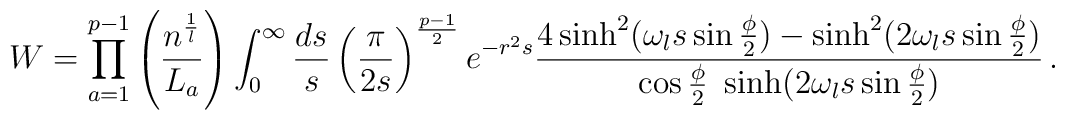
W=  \prod_{a=1}^{p-1} \left( \frac{n^{\frac{1}{l}}}{L_a} \right)\int_0^{\infty} \frac{ds}{s}\left ( \frac{\pi}{2s} \right )^{\frac{p-1}{2}} e^{-r^2s} \frac{4\sinh^2(\omega_ls\sin{\frac{\phi}{2}}) - \sinh^2(2\omega_ls\sin{\frac{\phi}{2}})} {\cos{\frac{\phi}{2}}~\sinh(2\omega_ls\sin{\frac{\phi}{2}})}\,.